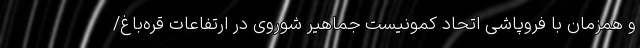
و همزمان با فروپاشی اتحاد کمونیست جماهیر شوروی در ارتفاعات قره‌باغ/